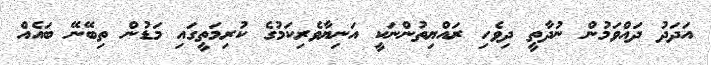
އަދަދު ދައްވަމުން ނުދާތީ ދިވެހި ރައްޔިތުންނަކީ އަނިޔާވެރިކަމުގެ ކުރިމަތީގައި މަޑުން ތިބޭނޭ ބައެއް